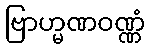
ဗြာဟ္မဏဝဏ္ဏံ